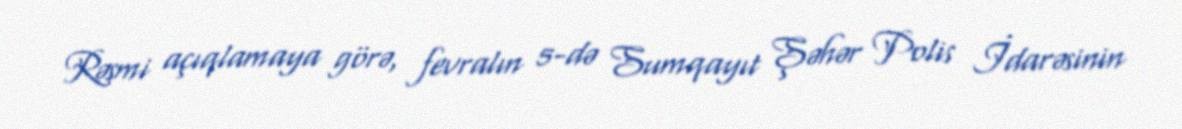
Rəsmi açıqlamaya görə, fevralın 5-də Sumqayıt Şəhər Polis İdarəsinin